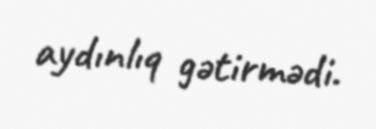
aydınlıq gətirmədi.